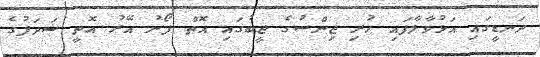
ދަނޑީގައި އަޅުވާލާފައި ހުރި ޖިންސުގެ ޖީބުގައި އޮތް ފޯނު އޭރު އޮތީ ޝަދަފުގެ